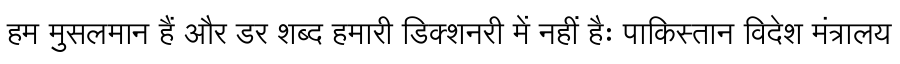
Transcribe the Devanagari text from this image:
हम मुसलमान हैं और डर शब्द हमारी डिक्शनरी में नहीं हैः पाकिस्तान विदेश मंत्रालय